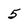
Character: 5